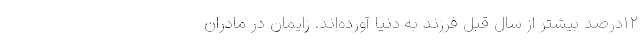
۱۲درصد بیشتر از سال قبل فرزند به دنیا آورده‌اند. زایمان در مادران